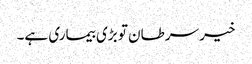
خیر سرطان تو بڑی بیماری ہے۔